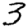
Digit: 3